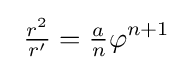
\ {\tfrac {r^{2}}{r'}}={\tfrac {a}{n}}\varphi ^{n+1}\